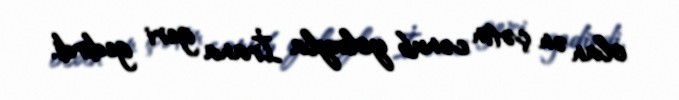
olan ən çətin cənub yoluyla İrana geri gedirdi.